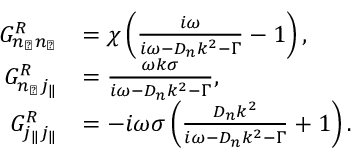
\begin{array} { r l } { G _ { n _ { \perp } n _ { \perp } } ^ { R } } & { = \chi \left( \frac { i \omega } { i \omega - D _ { n } k ^ { 2 } - \Gamma } - 1 \right) , } \\ { G _ { n _ { \perp } j _ { \| } } ^ { R } } & { = \frac { \omega k \sigma } { i \omega - D _ { n } k ^ { 2 } - \Gamma } , } \\ { G _ { j _ { \| } j _ { \| } } ^ { R } } & { = - i \omega \sigma \left( \frac { D _ { n } k ^ { 2 } } { i \omega - D _ { n } k ^ { 2 } - \Gamma } + 1 \right) . } \end{array}